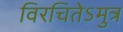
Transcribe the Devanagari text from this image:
विरचितेऽमुत्र